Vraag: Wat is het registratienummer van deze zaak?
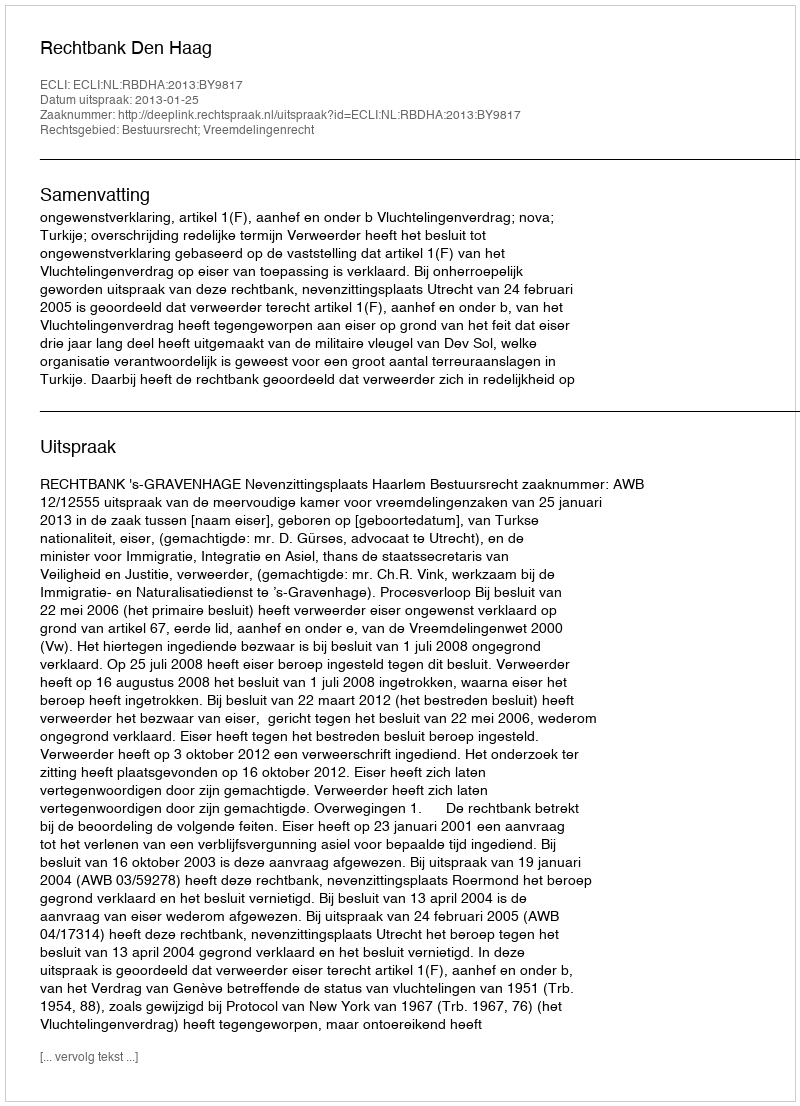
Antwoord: http://deeplink.rechtspraak.nl/uitspraak?id=ECLI:NL:RBDHA:2013:BY9817